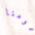
قومنا